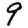
Digit: 9